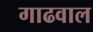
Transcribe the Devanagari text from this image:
गाढवाल